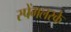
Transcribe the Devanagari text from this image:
स्पेंगलरके